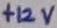
Text: +12V